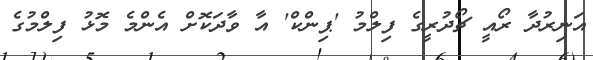
އަނިރުދާ ރޯއީ ޗޯދުރީގެ ފިލްމު 'ޕިންކް' އާ ވާދަކޮށް އެންމެ މޮޅު ފިލްމުގެ